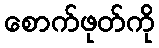
စောက်ဖုတ်ကို